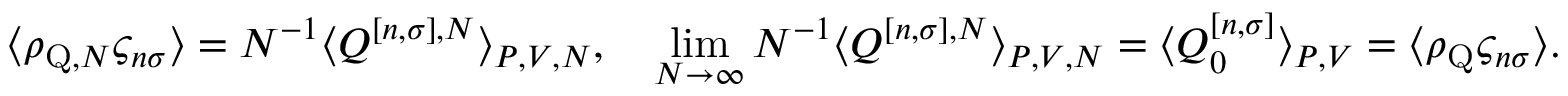
\langle \rho _ { \mathrm { Q } , N } \varsigma _ { n \sigma } \rangle = N ^ { - 1 } \langle Q ^ { [ n , \sigma ] , N } \rangle _ { P , V , N } , \quad \operatorname* { l i m } _ { N \to \infty } N ^ { - 1 } \langle Q ^ { [ n , \sigma ] , N } \rangle _ { P , V , N } = \langle Q _ { 0 } ^ { [ n , \sigma ] } \rangle _ { P , V } = \langle \rho _ { \mathrm { Q } } \varsigma _ { n \sigma } \rangle .